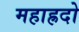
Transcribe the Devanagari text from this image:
महाह्रदो